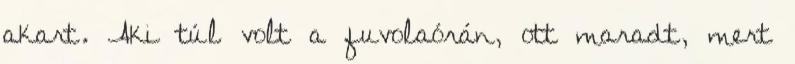
akart. Aki túl volt a fuvolaórán, ott maradt, mert